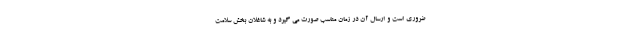
ضروری است و ارسال آن در زمان مناسب صورت می گیرد و به شاغلان بخش سلامت